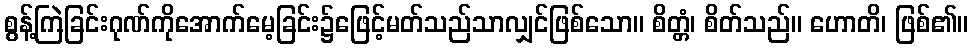
စွန့်ကြဲခြင်းဂုဏ်ကိုအောက်မေ့ခြင်း၌ဖြေင့်မတ်သည်သာလျှင်ဖြစ်သော။ စိတ္တံ၊ စိတ်သည်။ ဟောတိ၊ ဖြစ်၏။